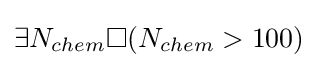
\exists {N_{chem}}\Box (N_{chem}>100)